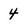
Character: 4